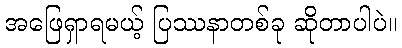
အဖြေရှာရမယ့် ပြဿနာတစ်ခု ဆိုတာပါပဲ။